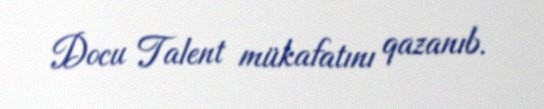
Docu Talent mükafatını qazanıb.